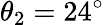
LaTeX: \theta_{2}=24^{\circ}